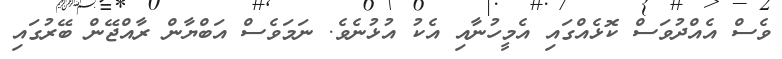
ވެސް އެއްދުވަސް ކޮޅެއްގައި އެމީހުނާއި އެކު އުޅުނެވެ. ނަމަވެސް އަބްޔާން ރާއްޖޭން ބޭރުގައި